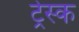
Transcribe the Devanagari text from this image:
ट्रेस्क